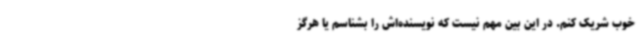
خوب شریک کنم. در این بین مهم نیست که نویسنده‌اش را بشناسم یا هرگز